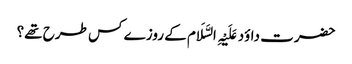
حضرت داؤد عَلَیْہِ السَّلَام کے روزے کس طرح تھے؟